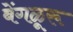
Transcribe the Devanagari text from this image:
बेंगळूरू